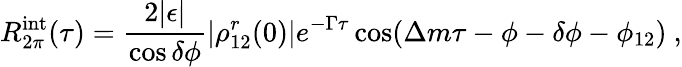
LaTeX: R_{2\pi}^{\mathrm{int}}(\tau)={\frac{2|\epsilon|}{\cos\delta\phi}}|\rho_{12}^{r}(0)|e^{-\Gamma\tau}\cos(\Delta m\tau-\phi-\delta\phi-\phi_{12})\ ,